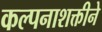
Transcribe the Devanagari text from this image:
कल्पनाशक्तीने